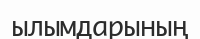
ылымдарының